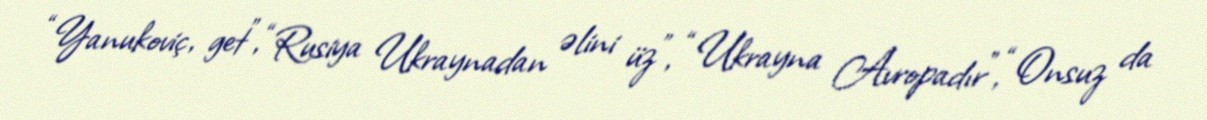
“Yanukoviç, get”, “Rusiya Ukraynadan əlini üz”, “Ukrayna Avropadır”, “Onsuz da